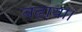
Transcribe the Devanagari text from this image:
बढा़या।